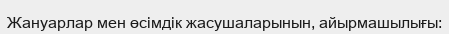
Жануарлар мен өсімдік жасушаларынын, айырмашылығы: